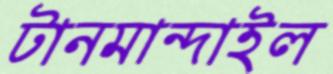
টানমান্দাইল